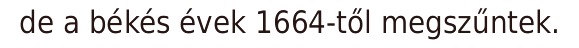
de a békés évek 1664-től megszűntek.